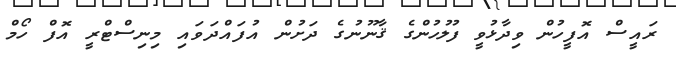
ރައީސް އޮފީހުން ވިދާޅުވީ ފުލުހުންގެ ޤާނޫނުގެ ދަށުން އުފައްދަވައި މިނިސްޓްރީ އޮފް ހޯމް